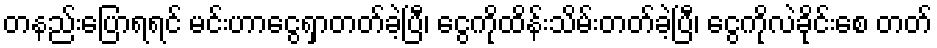
တနည်းပြောရရင် မင်းဟာငွေရှာတတ်ခဲ့ပြီ၊ ငွေကိုထိန်းသိမ်းတတ်ခဲ့ပြီ၊ ငွေကိုလဲခိုင်းစေ တတ်